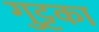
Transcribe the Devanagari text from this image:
गुट्टका